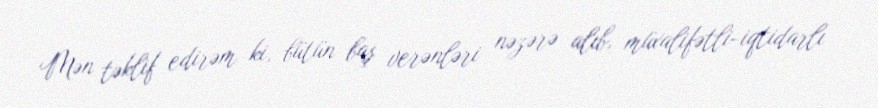
Mən təklif edirəm ki, bütün baş verənləri nəzərə alıb, müxalifətli-iqtidarlı